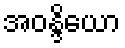
အဝန္ဒိယော